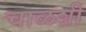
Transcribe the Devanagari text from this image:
चाळशी